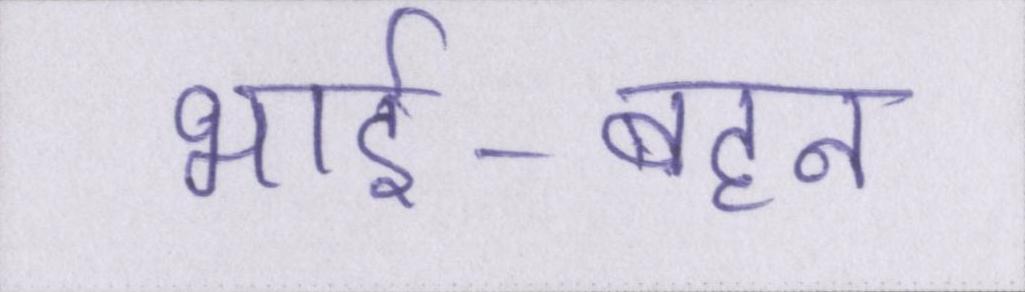
भाई-बहन